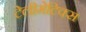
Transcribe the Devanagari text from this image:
टेलीमेटिक्स